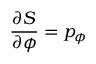
{ \frac { \partial S } { \partial \phi } } = p _ { \phi }